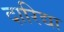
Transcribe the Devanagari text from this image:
दारिद्या